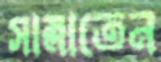
সাম্‌লাতেন